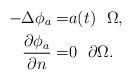
LaTeX: \begin{align*} -\Delta\phi_a=&a(t)\ \ \Omega,\\ \frac{\partial\phi_a}{\partial n}=&0 \ \ \partial \Omega. \end{align*}